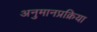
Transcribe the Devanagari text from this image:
अनुमानप्रक्रिया